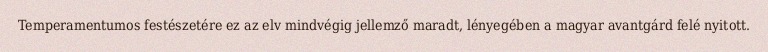
Temperamentumos festészetére ez az elv mindvégig jellemző maradt, lényegében a magyar avantgárd felé nyitott.